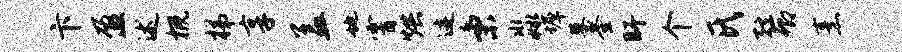
卞盈述概梯享盖地霄烘迹秉淼墀墓釜盱个氏弦卿烹